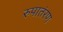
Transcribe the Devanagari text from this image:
रुपातंरण